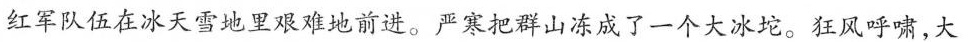
红军队伍在冰天雪地里艰难地前进。严寒把群山冻成了一个大冰坨。狂风呼啸，大